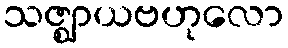
သဇ္ဈာယဗဟုလော